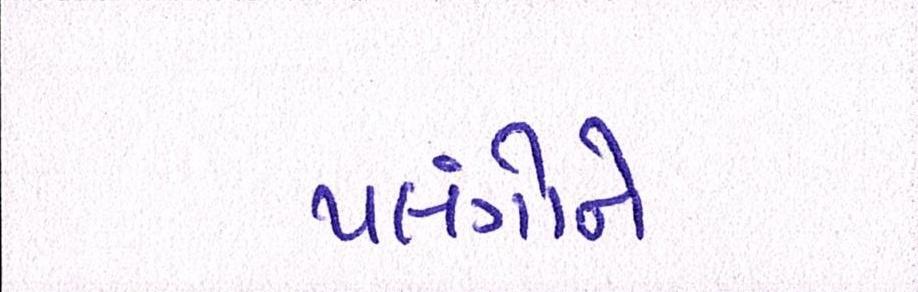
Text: પલંગોને